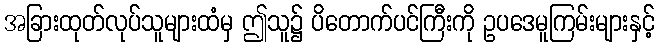
အခြားထုတ်လုပ်သူများထံမှ ဤသူ၌ ပိတောက်ပင်ကြီးကို ဥပဒေမူကြမ်းများနှင့်